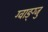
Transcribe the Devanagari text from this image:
ग्वाङ्ग्जु